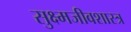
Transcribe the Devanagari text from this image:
सुक्ष्मजीवशास्त्र